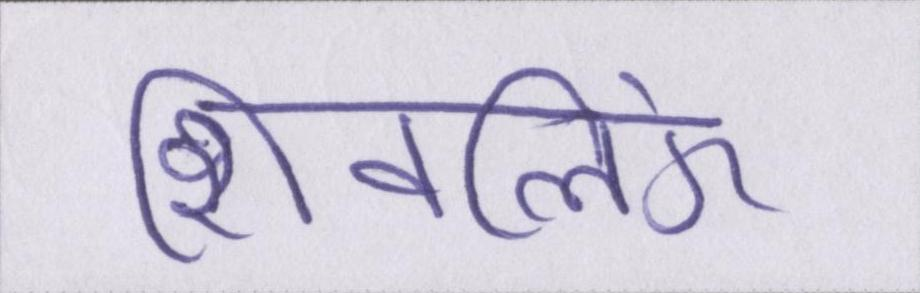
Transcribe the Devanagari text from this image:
शिवलिंग